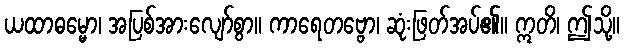
ယထာဓမ္မော၊ အပြစ်အားလျော်စွာ။ ကာရေတဗ္ဗော၊ ဆုံးဖြတ်အပ်၏။ ဣတိ၊ ဤသို့။